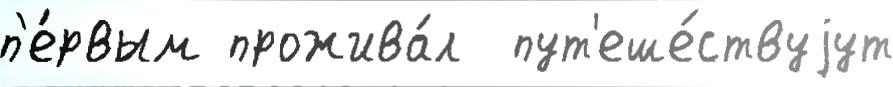
п'е́рвым прожива́л  пут'еше́ствуjут